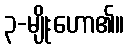
၃-မျိုးဟော၏။